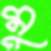
মু